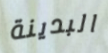
البدينة